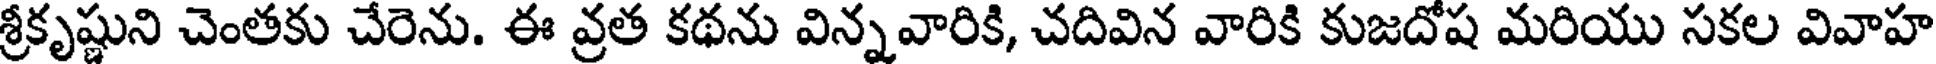
శ్రీకృష్ణుని చెంతకు చేరెను. ఈ వ్రత కథను విన్నవారికి, చదివిన వారికి కుజదోష మరియు సకల వివాహ